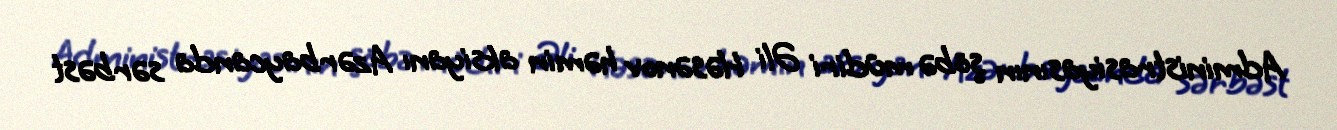
Administrasiyasının şöbə müdiri Əli Həsənov həmin aksiyanı Azərbaycanda sərbəst